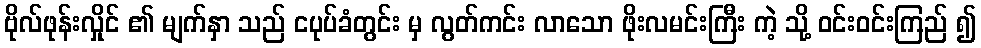
ဗိုလ်ဖုန်းလှိုင် ၏ မျက်နှာ သည် ငပုပ်ခံတွင်း မှ လွတ်ကင်း လာသော ဖိုးလမင်းကြီး ကဲ့ သို့ ဝင်းဝင်းကြည် ၍